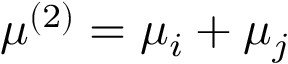
\mu ^ { ( 2 ) } = \mu _ { i } + \mu _ { j }